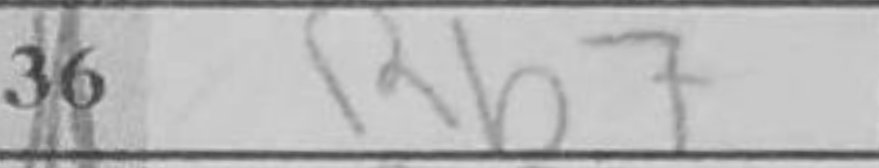
Transcription: Rb7